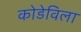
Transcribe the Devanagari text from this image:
कोडेविला